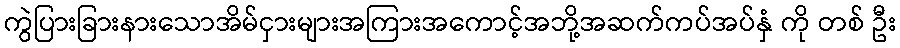
ကွဲပြားခြားနားသောအိမ်ငှားများအကြားအကောင့်အဘို့အဆက်ကပ်အပ်နှံ ကို တစ် ဦး